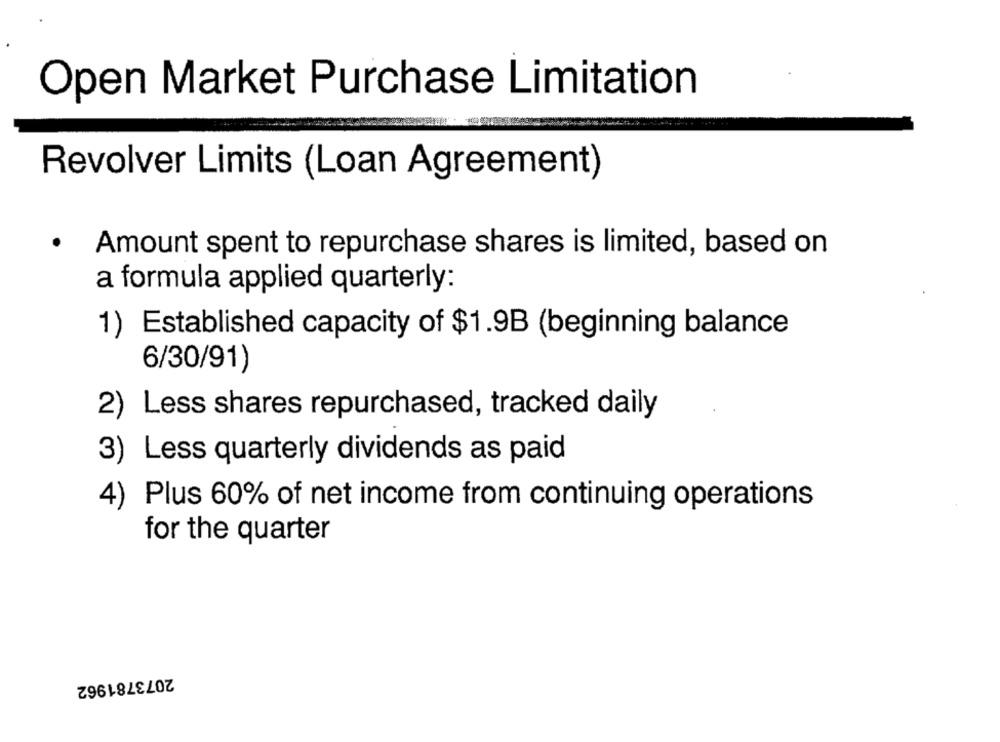
Open Market Purchase Limitation
Revolver Limits (Loan Agreement)
.
Amount spent to repurchase shares is limited, based on
a formula applied quarterly:
1) Established capacity of $1.9B (beginning balance
6/30/91)
2) Less shares repurchased, tracked daily
3) Less quarterly dividends as paid
4) Plus 60% of net income from continuing operations
for the quarter
2073781962